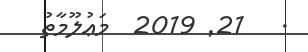
.   21